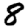
Digit: 8